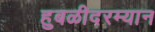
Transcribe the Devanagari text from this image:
हुबळीदरम्यान